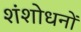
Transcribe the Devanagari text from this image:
शंशोधनों